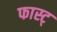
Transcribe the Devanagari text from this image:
फास्ट्